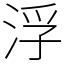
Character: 浮